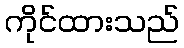
ကိုင်ထားသည်